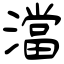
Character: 澢